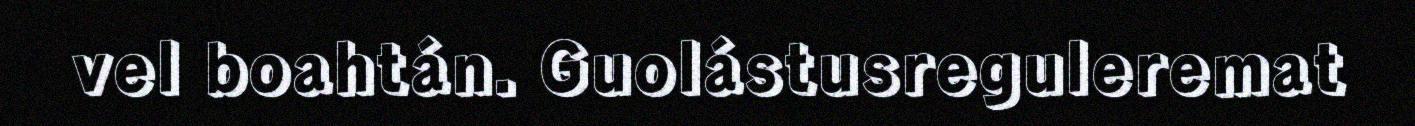
vel boahtán. Guolástusreguleremat